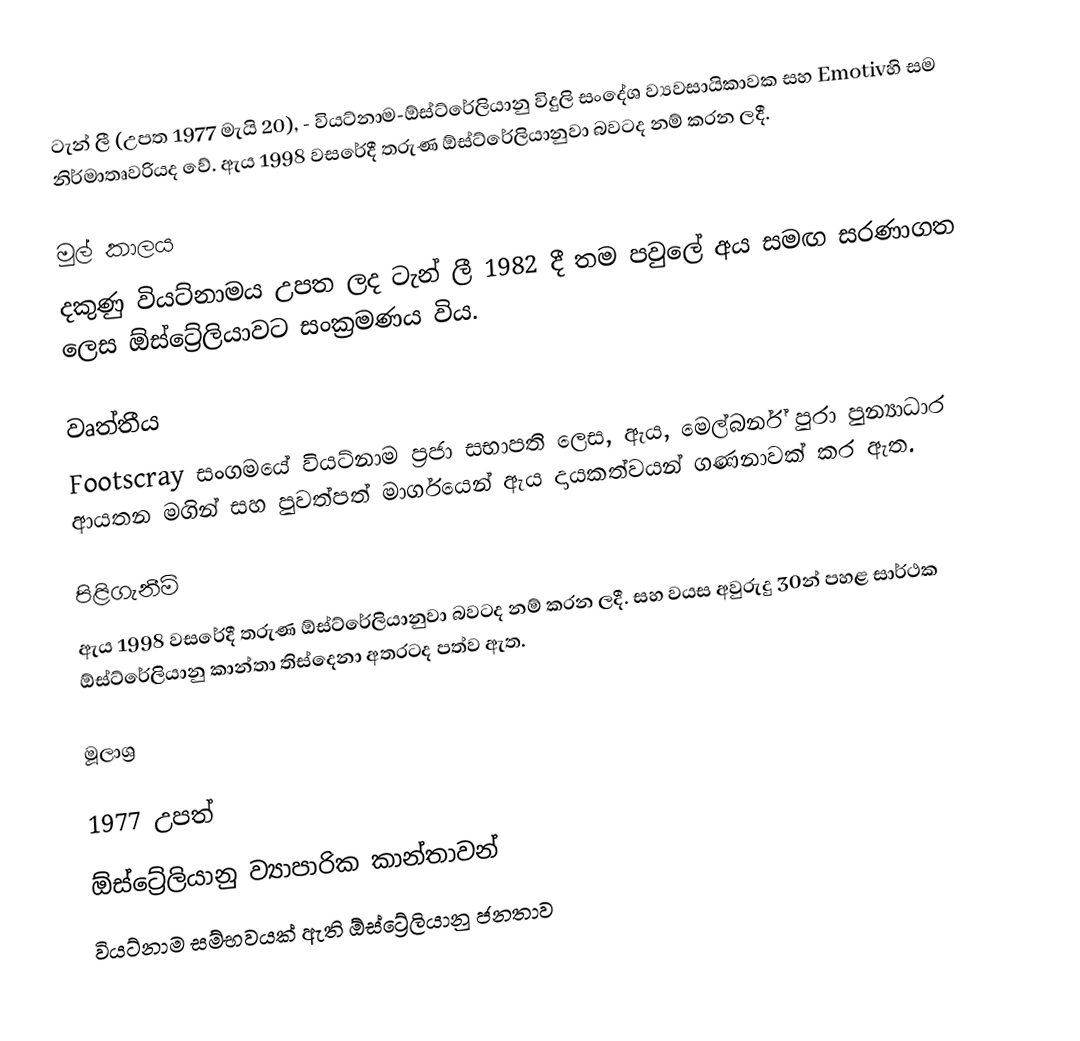
ටැන් ලී (උපත 1977 මැයි 20),  - වියට්නාම-ඕස්ට්රේලියානු විදුලි සංදේශ ව්‍යවසායිකාවක සහ  Emotivහි සම නිර්මාතෘවරියද වේ. ඇය 1998 වසරේදී තරුණ ඕස්ට්රේලියානුවා බවටද නම් කරන ලදී.

මුල් කාලය
දකුණු වියට්නාමය උපත ලද ටැන් ලී 1982 දී තම පවුලේ අය සමඟ සරණාගත ලෙස ඕස්ට්‍රේලියාවට සංක්‍රමණය විය.

වෘත්තීය
Footscray සංගමයේ වියට්නාම ප්‍රජා සභාපති ලෙස, ඇය, මෙල්බර්න් පුරා පුන්‍යාධාර ආයතන මගින් සහ පුවත්පත් මාර්ගයෙන් ඇය දායකත්වයන් ගණනාවක් කර ඇත.

පිළිගැනීම්
ඇය 1998 වසරේදී තරුණ ඕස්ට්රේලියානුවා බවටද නම් කරන ලදී. සහ වයස අවුරුදු 30න් පහළ සාර්ථක ඕස්ට්රේලියානු කාන්තා තිස්දෙනා අතරටද පත්ව ඇත.

මූලාශ්‍ර

1977 උපත්
ඕස්ට්‍රේලියානු ව්‍යාපාරික කාන්තාවන්
වියට්නාම සම්භවයක් ඇති ඕස්ට්‍රේලියානු ජනතාව